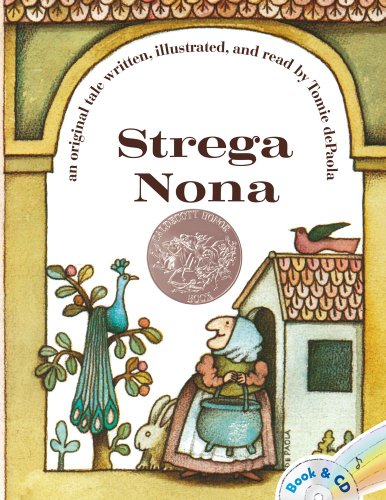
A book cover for Strega Nona: Book & CD; Tomie dePaola; Children's Books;